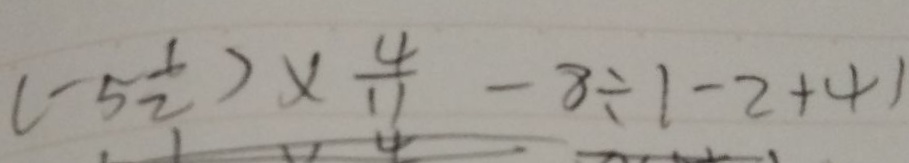
( - 5 \frac { 1 } { 2 } ) \times \frac { 4 } { 1 1 } - 8 \div 1 - 2 + 4 1